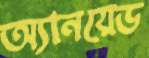
অ্যানয়েড